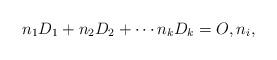
LaTeX: \begin{align*}n_1D_1+n_2D_2+\cdots n_kD_k=O, n_i,\end{align*}